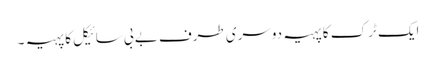
ایک ٹرک کا پہیہ دوسری طرف بے بی سائیکل کا پہیہ ۔